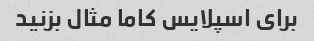
برای اسپلایس کاما مثال بزنید